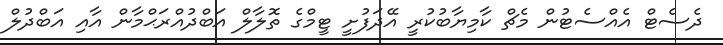
ދެސެޓް އެއްސެޓުން މެޗް ކާމިޔާބުކުރީ އޭދަފުށީ ޓީމްގެ ތޮލާލް އަބްދުއްރަޙްމާން އާއި އަބްދުލް